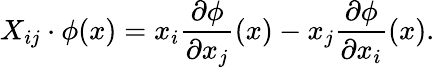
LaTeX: X_{ij}\cdot\phi(x)=x_{i}{\frac{\partial\phi}{\partial x_{j}}}(x)-x_{j}{\frac{\partial\phi}{\partial x_{i}}}(x).